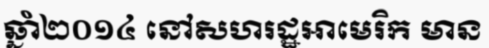
ឆ្នាំ២០១៤ នៅសហរដ្ឋអាមេរិក មាន